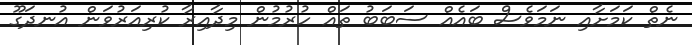
ނެތް ކަމަށާއި ނަމަވެސް ބައެއް ސަބަބު ތައް ހުރުމުން މިދާއިރާ ކުރިއަރުވަން އުނދަގޫ